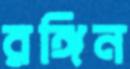
রঙ্গিন